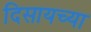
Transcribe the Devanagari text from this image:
दिसायच्या